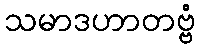
သမာဒဟာတဗ္ဗံ